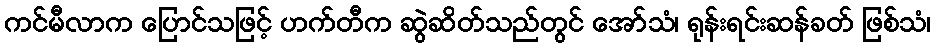
ကင်မီလာက ပြောင်သဖြင့် ဟက်တီက ဆွဲဆိတ်သည်တွင် အော်သံ၊ ရုန်းရင်းဆန်ခတ် ဖြစ်သံ၊